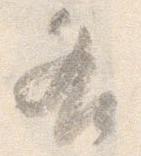
各